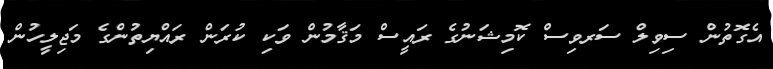
އެގޮތުން ސިވިލް ސަރވިސް ކޮމިޝަނުގެ ރައީސް މަޤާމުން ވަކި ކުރަން ރައްޔިތުންގެ މަޖިލީހުން